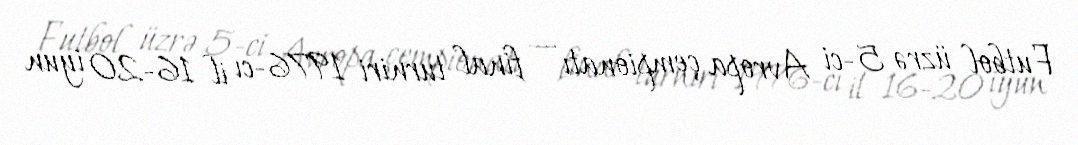
Futbol üzrə 5-ci Avropa çempionatı — final turniri 1976-cı il 16-20 iyun